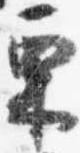
栗